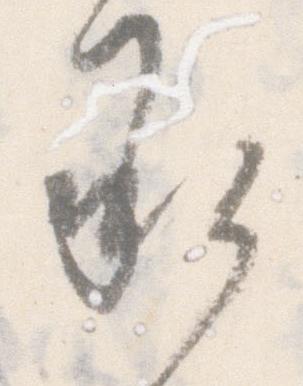
承